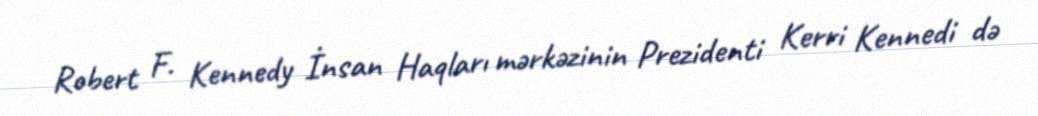
Robert F. Kennedy İnsan Haqları mərkəzinin Prezidenti Kerri Kennedi də